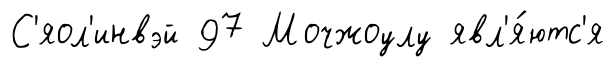
С'яол'инвэй 97 Мочжоулу явл'я́ютс'я